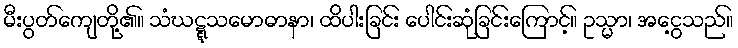
မီးပွတ်ကျေတို့၏။ သံဃဋ္ဋသမောဓာနာ၊ ထိပါးခြင်း ပေါင်းဆုံခြင်းကြောင့်။ ဥသ္မာ၊ အငွေ့သည်။